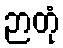
ဉာတုံ